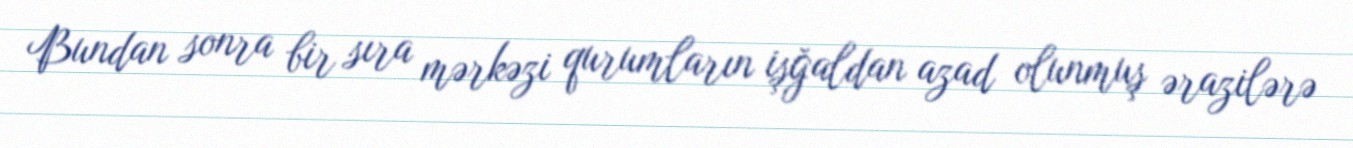
Bundan sonra bir sıra mərkəzi qurumların işğaldan azad olunmuş ərazilərə